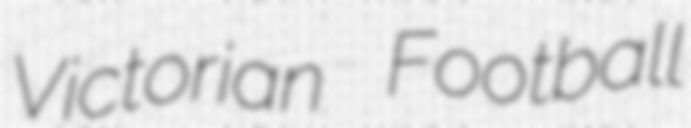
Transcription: Victorian Football